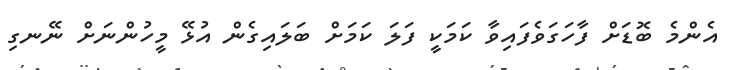
އެންމެ ބޮޑަށް ފާހަގަވެފައިވާ ކަމަކީ ފަލަ ކަމަށް ބަލައިގެން އުޅޭ މީހުންނަށް ނޭނގި